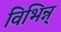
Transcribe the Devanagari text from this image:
विभिन्न्